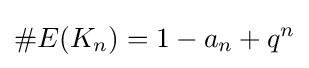
\#E(K_{n})=1-a_{n}+q^{n}